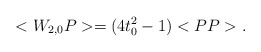
\begin{align*}<W_{2,0}P>=(4t_{0}^{2} -1) <PP> . \end{align*}